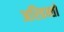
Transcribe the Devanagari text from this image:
अरिहन्तों